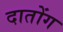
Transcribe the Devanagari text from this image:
दातोंग